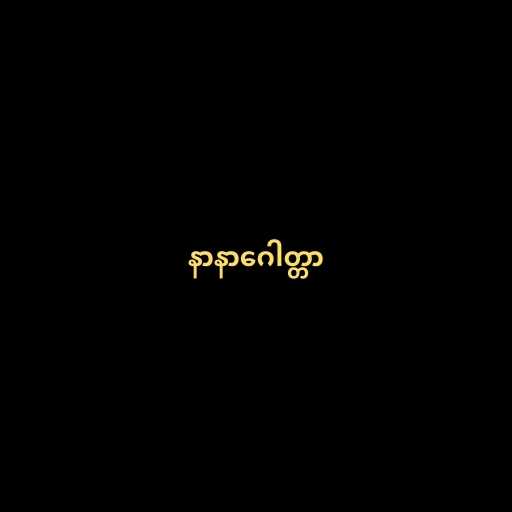
နာနာဂေါတ္တာ